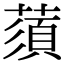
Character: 蕦